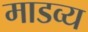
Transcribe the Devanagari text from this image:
माडव्य